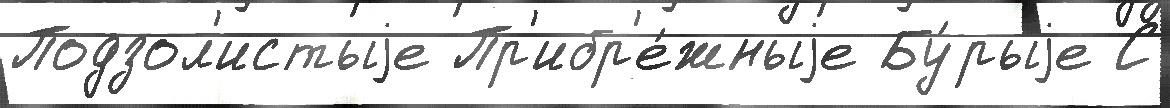
Подзол'истыjе Пр'ибр'е́жныjе Бу́рыjе С